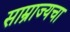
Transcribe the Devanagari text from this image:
साम्राज्यचा